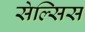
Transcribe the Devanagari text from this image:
सेल्सिस